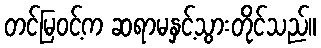
တင်မြဝင့်က ဆရာမနှင့်သွားတိုင်သည်။